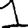
Digit: 1